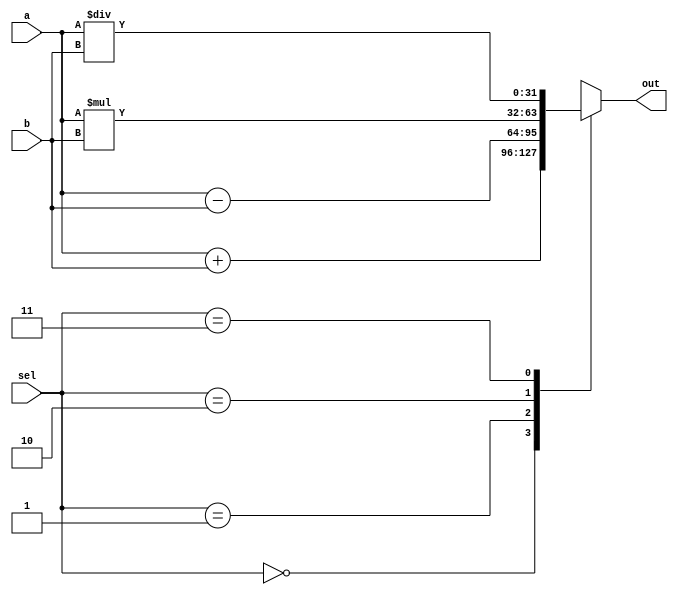
`timescale 1ns / 1ps
//////////////////////////////////////////////////////////////////////////////////
// Company: 
// Engineer: 
// 
// Design Name: 
// Module Name: calculator
// Project Name: 
// Target Devices: 
// Tool Versions: 
// Description: 
// 
// Dependencies: 
// 
// Revision:
// Revision 0.01 - File Created
// Additional Comments:
// 
//////////////////////////////////////////////////////////////////////////////////


module calculator(
    input [31:0] a,
    input [31:0] b,
    input [1:0] sel,
    output reg [31:0] out
    );
    
    always @(a,b,sel) begin
        case(sel)
        
            2'b00 : out = a + b;
            2'b01 : out = a - b;
            2'b10 : out = a * b;
            2'b11 : out = a / b;
    
        endcase 
    end
            
endmodule